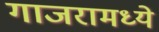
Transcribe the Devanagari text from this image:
गाजरामध्ये